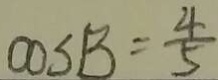
\cos B = \frac { 4 } { 5 }